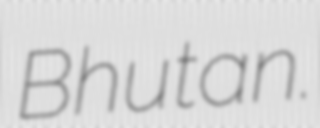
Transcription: Bhutan.